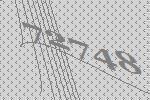
72748